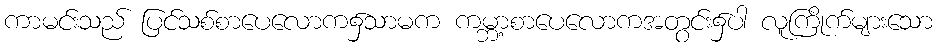
ကာမင်းသည် ပြင်သစ်စာပေလောက၌သာမက ကမ္ဘာ့စာပေလောကအတွင်း၌ပါ လူကြိုက်များသော